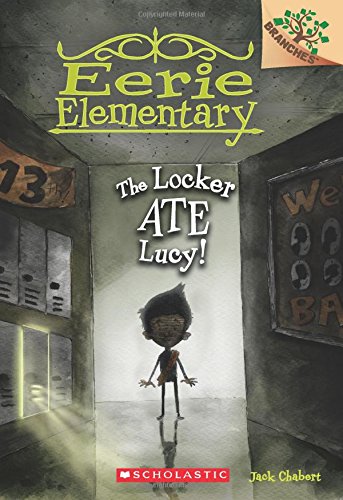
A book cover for Eerie Elementary #2: The Locker Ate Lucy! (A Branches Book); Jack Chabert; Children's Books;